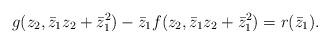
LaTeX: \begin{align*}g(z_2,\bar{z}_1z_2 + \bar{z}_1^2)-\bar{z}_1 f(z_2,\bar{z}_1z_2 + \bar{z}_1^2)= r(\bar{z}_1) .\end{align*}